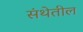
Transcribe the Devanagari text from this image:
संथेतील